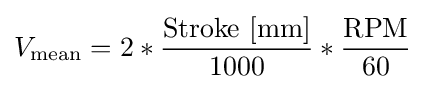
V_{\text{mean}}=2*{\frac {\text{Stroke [mm]}}{1000}}*{\frac {\text{RPM}}{60}}